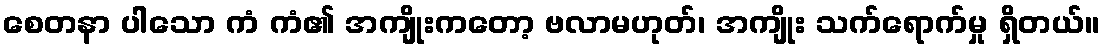
စေတနာ ပါသော ကံ ကံ၏ အကျိုးကတော့ ဗလာမဟုတ်၊ အကျိုး သက်ရောက်မှု ရှိတယ်။